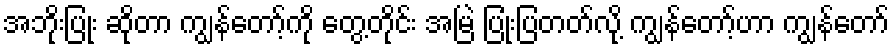
အဘိုးပြုံး ဆိုတာ ကျွန်တော့်ကို တွေ့တိုင်း အမြဲ ပြုံးပြတတ်လို့ ကျွန်တော့်ဟာ ကျွန်တော်